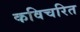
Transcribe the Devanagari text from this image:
कविचरित